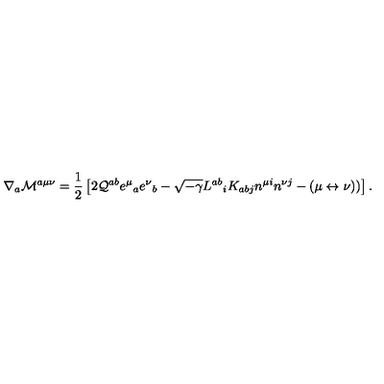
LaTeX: \nabla _ { a } { \cal M } ^ { a \mu \nu } = { \frac { 1 } { 2 } } \left[ 2 { \cal Q } ^ { a b } e ^ { \mu } { } _ { a } e ^ { \nu } { } _ { b } - \sqrt { - \gamma } L ^ { a b } { } _ { i } K _ { a b j } n ^ { \mu i } n ^ { \nu j } - ( \mu \leftrightarrow \nu ) ) \right] .